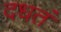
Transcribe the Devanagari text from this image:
दधतं